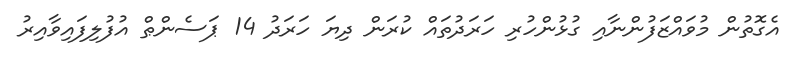
އެގޮތުން މުވައްޒަފުންނާއި ގުޅުންހުރި ހަރަދުތައް ކުރަން ދިޔަ ހަރަދު 14 ޕަސެންޠް އުފުލިފައިވާއިރު